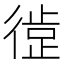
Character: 𪫘